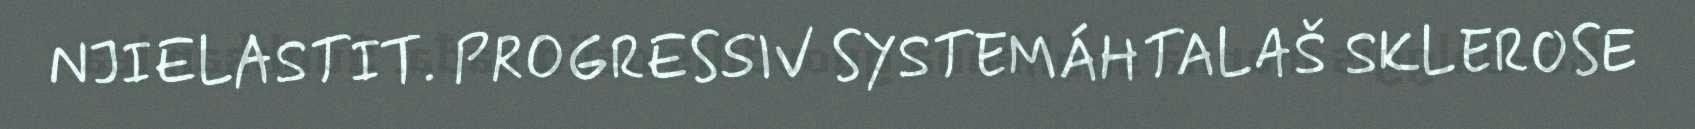
NJIELASTIT. PROGRESSIV SYSTEMÁHTALAŠ SKLEROSE